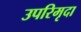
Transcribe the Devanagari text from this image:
उपरिमृदा